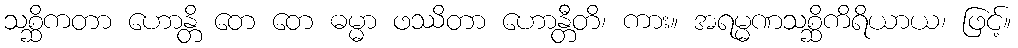
သစ္ဆိကတာ ဟောန္တိ တေ တေ ဓမ္မာ ဖဿိတာ ဟောန္တီတိ၊ ကား။ အရမ္မဏသစ္ဆိကိရိယာယ၊ ဖြင့်။